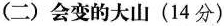
(二)会变的大山(14分)